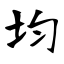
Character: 均